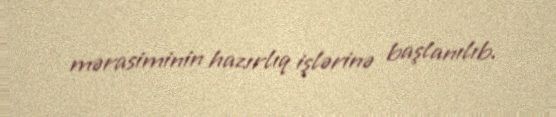
mərasiminin hazırlıq işlərinə başlanılıb.